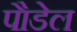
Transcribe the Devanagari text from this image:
पैाडेल